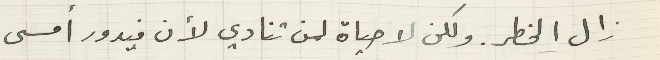
زال الخطر. ولكن لا حياة لمن تنادي لأن فيدور أمسى